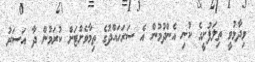
ވިދާާޅުވީ ތިލަފުށީގެ ކުނި އެންދުމުން އެ ސަރަހައްދުގެ ތިމާވެށްޓަށް ކުރަމުން ދާ އަސަރު